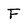
Character: F